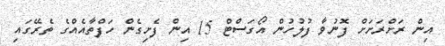
އިން ރަށްރަށަށް ފޮނުވާ ފުލުހުން އޯގަސްޓް 15 އިން ފެށިގެން ހަފްތާއެއްގެ ތެރޭގައި